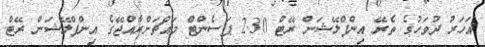
އަހަރު ދުވަހުގެ ތެރޭ އިންފްލޭޝަން ރޭޓް 2.30 ޕަސެންޓް މައްޗަށްރާއްޖޭގެ އިންފްލޭޝަން ރޭޓް